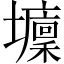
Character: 𡓔